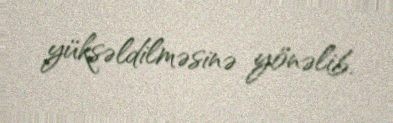
yüksəldilməsinə yönəlib.